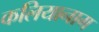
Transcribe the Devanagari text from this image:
कलियानाग